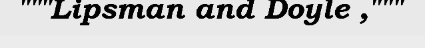
"""Lipsman and Doyle ,"""